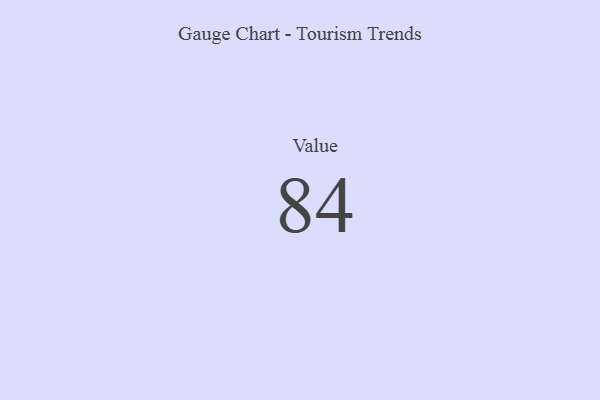
{"axis": {"x": "Metric", "y": "Value"}, "legend": [""], "data": [{"x": "Value", "y": 84, "type": ""}]}